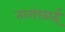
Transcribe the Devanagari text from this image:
तारांछाई